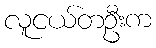
လူငယ်တဦးက